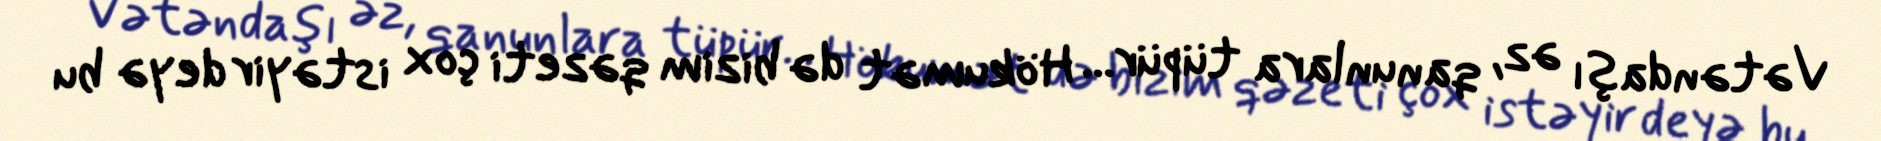
Vətəndaşı əz, qanunlara tüpür... Hökumət də bizim qəzeti çox istəyir deyə bu